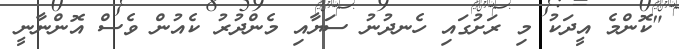
"ކޮންމެ އީދަކު މި ރަށުގައި ހެނދުނު ސަޔާއި މެންދުރު ކެއުން ވެސް އޮންނާނީ